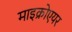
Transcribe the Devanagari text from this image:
माइक्रोएयर